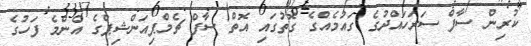
ކުރިން ސާފް ސަރަހައްދުގެ ގައުމެއްގެ ގޮތުގައި އޮތް ސާފް ޗެމްޕިއަންޝިޕްގެ އެންމެ ފަހުގެ